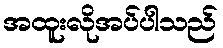
အထူးလိုအပ်ပါသည်